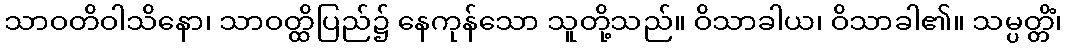
သာဝတိဝါသိနော၊ သာဝတ္ထိပြည်၌ နေကုန်သော သူတို့သည်။ ဝိသာခါယ၊ ဝိသာခါ၏။ သမ္ပတ္တိံ၊